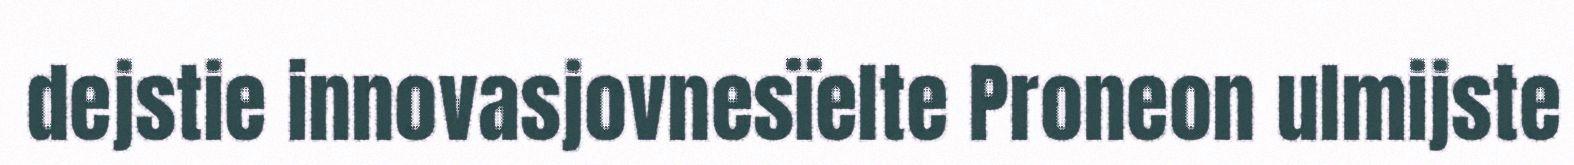
dejstie innovasjovnesïelte Proneon ulmijste